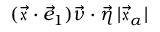
( \vec { \mathfrak { x } } \cdot \vec { e } _ { 1 } ) \vec { \nu } \cdot \vec { \eta } \, | \vec { \mathfrak { x } } _ { \alpha } |